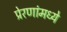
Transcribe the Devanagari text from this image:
प्रेरणांमध्ये